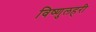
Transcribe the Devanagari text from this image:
विष्णुलहरी